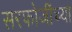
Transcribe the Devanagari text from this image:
सरफोजींच्या